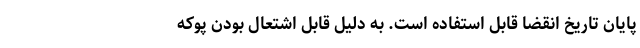
پایان تاریخ انقضا قابل استفاده است. به دلیل قابل اشتعال بودن پوکه